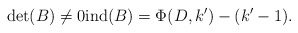
\begin{align*}\det(B)\ne0\mathrm{ind}(B)=\Phi(D,k')-(k'-1).\end{align*}